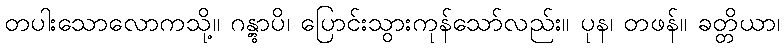
တပါးသောလောကသို့။ ဂန္တွာပိ၊ ပြောင်းသွားကုန်သော်လည်း။ ပုန၊ တဖန်။ ခတ္တိယာ၊